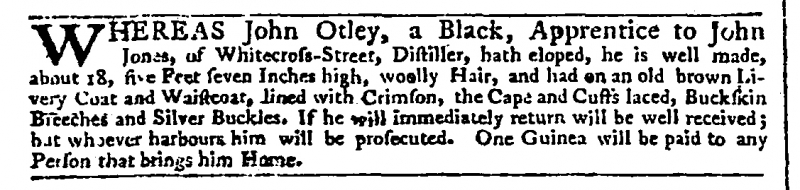
Daily Advertiser, 29 March 1775 (England)
WHEREAS John Otley, a Black, Apprentice to John Jones, of Whitecross-Street, Distiller, hath eloped, he is well made, about 18, five Feet seven Inches high, woolly Hair, and had on an old brown Livery Coat and Waistcoat, lined with Crimson, the Cape and Cuffs laced, Buckskin Breeches and Silver Buckles. If he will immediately return will be well received; but whoever harbours him will be prosecuted. One Guinea will be paid to any Person that brings him Home.